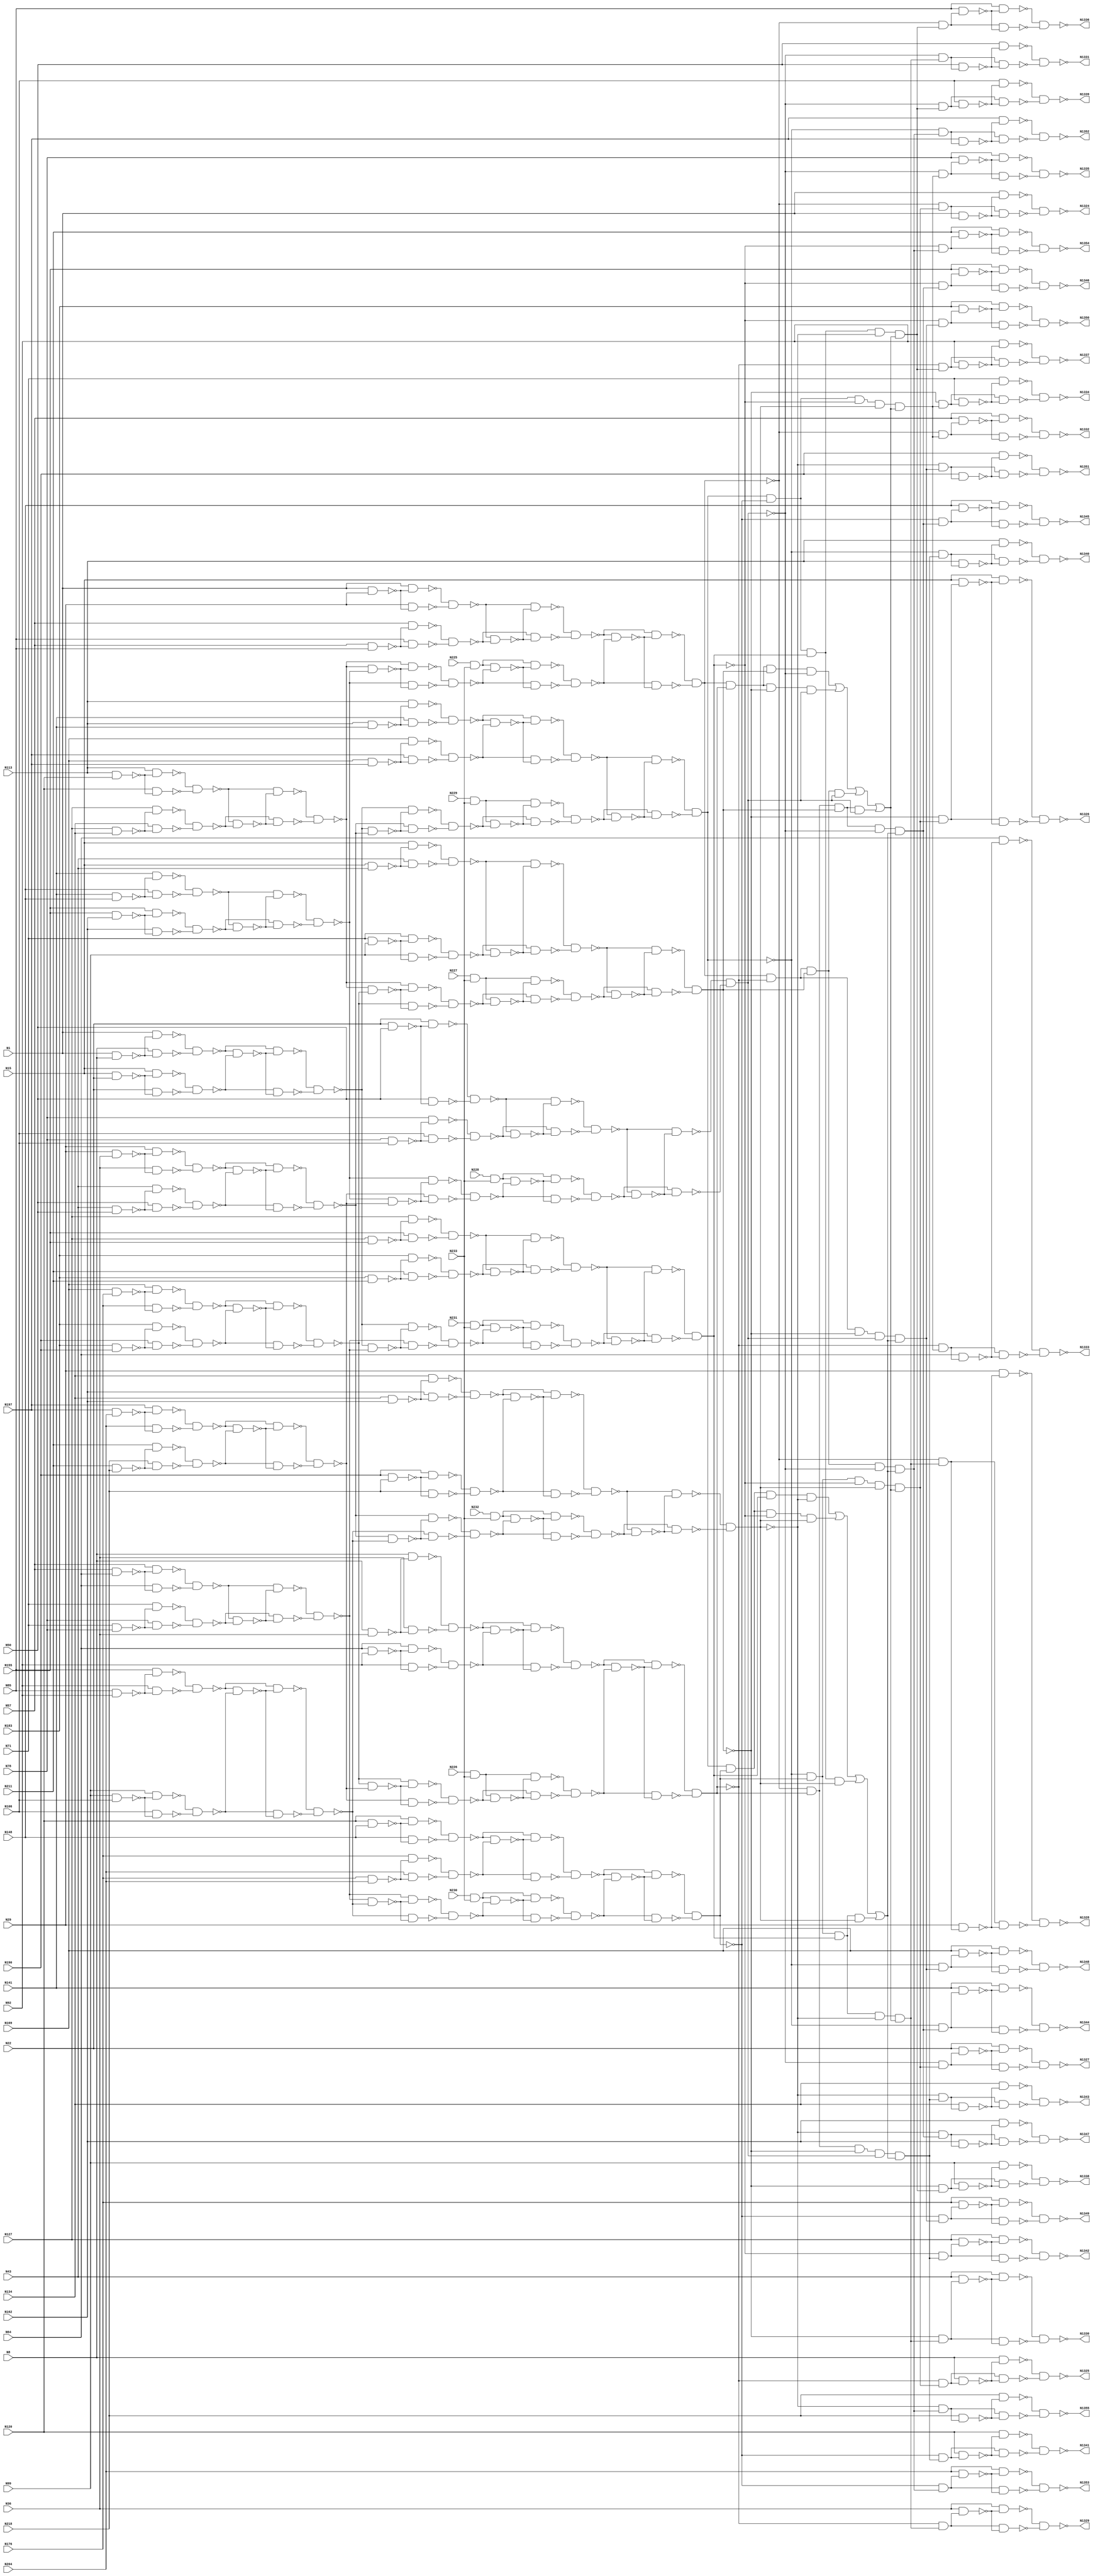
module c1355(N1,N8,N15,N22,N29,N36,N43,N50,N57,N64,N71,N78,
             N85,N92,N99,N106,N113,N120,N127,N134,N141,N148,
			 N155,N162,N169,N176,N183,N190,N197,N204,N211,N218,
			 N225,N226,N227,N228,N229,N230,N231,N232,N233,N1324,
			 N1325,N1326,N1327,N1328,N1329,N1330,N1331,N1332,N1333,
			 N1334,N1335,N1336,N1337,N1338,N1339,N1340,N1341,N1342,N1343,
			 N1344,N1345,N1346,N1347,N1348,N1349,N1350,N1351,N1352,N1353,N1354,N1355);

input N1,N8,N15,N22,N29,N36,N43,N50,N57,N64,N71,N78,N85,N92,N99,N106,N113,N120,N127,N134,
      N141,N148,N155,N162,N169,N176,N183,N190,N197,N204,N211,N218,N225,N226,N227,N228,N229,
	  N230,N231,N232,N233;

output N1324,N1325,N1326,N1327,N1328,N1329,N1330,N1331,N1332,N1333,N1334,N1335,N1336,N1337,
       N1338,N1339,N1340,N1341,N1342,N1343,N1344,N1345,N1346,N1347,N1348,N1349,N1350,N1351,
	   N1352,N1353,N1354,N1355;

wire N242,N245,N248,N251,N254,N257,N260,N263,N266,N269,N272,N275,N278,N281,N284,N287,N290,
     N293,N296,N299,N302,N305,N308,N311,N314,N317,N320,N323,N326,N329,N332,N335,N338,N341,
	 N344,N347,N350,N353,N356,N359,N362,N363,N364,N365,N366,N367,N368,N369,N370,N371,N372,
	 N373,N374,N375,N376,N377,N378,N379,N380,N381,N382,N383,N384,N385,N386,N387,N388,N389,
	 N390,N391,N392,N393,N394,N395,N396,N397,N398,N399,N400,N401,N402,N403,N404,N405,N406,
	 N407,N408,N409,N410,N411,N412,N413,N414,N415,N416,N417,N418,N419,N420,N421,N422,N423,
	 N424,N425,N426,N429,N432,N435,N438,N441,N444,N447,N450,N453,N456,N459,N462,N465,N468,
	 N471,N474,N477,N480,N483,N486,N489,N492,N495,N498,N501,N504,N507,N510,N513,N516,N519,
	 N522,N525,N528,N531,N534,N537,N540,N543,N546,N549,N552,N555,N558,N561,N564,N567,N570,
	 N571,N572,N573,N574,N575,N576,N577,N578,N579,N580,N581,N582,N583,N584,N585,N586,N587,
	 N588,N589,N590,N591,N592,N593,N594,N595,N596,N597,N598,N599,N600,N601,N602,N607,N612,
	 N617,N622,N627,N632,N637,N642,N645,N648,N651,N654,N657,N660,N663,N666,N669,N672,N675,
	 N678,N681,N684,N687,N690,N691,N692,N693,N694,N695,N696,N697,N698,N699,N700,N701,N702,
	 N703,N704,N705,N706,N709,N712,N715,N718,N721,N724,N727,N730,N733,N736,N739,N742,N745,
	 N748,N751,N754,N755,N756,N757,N758,N759,N760,N761,N762,N763,N764,N765,N766,N767,N768,
	 N769,N770,N773,N776,N779,N782,N785,N788,N791,N794,N797,N800,N803,N806,N809,N812,N815,
	 N818,N819,N820,N821,N822,N823,N824,N825,N826,N827,N828,N829,N830,N831,N832,N833,N834,
	 N847,N860,N873,N886,N899,N912,N925,N938,N939,N940,N941,N942,N943,N944,N945,N946,N947,
	 N948,N949,N950,N951,N952,N953,N954,N955,N956,N957,N958,N959,N960,N961,N962,N963,N964,
	 N965,N966,N967,N968,N969,N970,N971,N972,N973,N974,N975,N976,N977,N978,N979,N980,N981,
	 N982,N983,N984,N985,N986,N991,N996,N1001,N1006,N1011,N1016,N1021,N1026,N1031,N1036,N1039,
	 N1042,N1045,N1048,N1051,N1054,N1057,N1060,N1063,N1066,N1069,N1072,N1075,N1078,N1081,N1084,
	 N1087,N1090,N1093,N1096,N1099,N1102,N1105,N1108,N1111,N1114,N1117,N1120,N1123,N1126,N1129,
	 N1132,N1135,N1138,N1141,N1144,N1147,N1150,N1153,N1156,N1159,N1162,N1165,N1168,N1171,N1174,
	 N1177,N1180,N1183,N1186,N1189,N1192,N1195,N1198,N1201,N1204,N1207,N1210,N1213,N1216,N1219,
	 N1222,N1225,N1228,N1229,N1230,N1231,N1232,N1233,N1234,N1235,N1236,N1237,N1238,N1239,N1240,
	 N1241,N1242,N1243,N1244,N1245,N1246,N1247,N1248,N1249,N1250,N1251,N1252,N1253,N1254,N1255,
	 N1256,N1257,N1258,N1259,N1260,N1261,N1262,N1263,N1264,N1265,N1266,N1267,N1268,N1269,N1270,
	 N1271,N1272,N1273,N1274,N1275,N1276,N1277,N1278,N1279,N1280,N1281,N1282,N1283,N1284,N1285,
	 N1286,N1287,N1288,N1289,N1290,N1291,N1292,N1293,N1294,N1295,N1296,N1297,N1298,N1299,N1300,
	 N1301,N1302,N1303,N1304,N1305,N1306,N1307,N1308,N1309,N1310,N1311,N1312,N1313,N1314,N1315,
	 N1316,N1317,N1318,N1319,N1320,N1321,N1322,N1323;

and AND2_0(N242,N225,N233);
and AND2_1(N245,N226,N233);
and AND2_2(N248,N227,N233);
and AND2_3(N251,N228,N233);
and AND2_4(N254,N229,N233);
and AND2_5(N257,N230,N233);
and AND2_6(N260,N231,N233);
and AND2_7(N263,N232,N233);
nand NAND2_0(N266,N1,N8);
nand NAND2_1(N269,N15,N22);
nand NAND2_2(N272,N29,N36);
nand NAND2_3(N275,N43,N50);
nand NAND2_4(N278,N57,N64);
nand NAND2_5(N281,N71,N78);
nand NAND2_6(N284,N85,N92);
nand NAND2_7(N287,N99,N106);
nand NAND2_8(N290,N113,N120);
nand NAND2_9(N293,N127,N134);
nand NAND2_10(N296,N141,N148);
nand NAND2_11(N299,N155,N162);
nand NAND2_12(N302,N169,N176);
nand NAND2_13(N305,N183,N190);
nand NAND2_14(N308,N197,N204);
nand NAND2_15(N311,N211,N218);
nand NAND2_16(N314,N1,N29);
nand NAND2_17(N317,N57,N85);
nand NAND2_18(N320,N8,N36);
nand NAND2_19(N323,N64,N92);
nand NAND2_20(N326,N15,N43);
nand NAND2_21(N329,N71,N99);
nand NAND2_22(N332,N22,N50);
nand NAND2_23(N335,N78,N106);
nand NAND2_24(N338,N113,N141);
nand NAND2_25(N341,N169,N197);
nand NAND2_26(N344,N120,N148);
nand NAND2_27(N347,N176,N204);
nand NAND2_28(N350,N127,N155);
nand NAND2_29(N353,N183,N211);
nand NAND2_30(N356,N134,N162);
nand NAND2_31(N359,N190,N218);
nand NAND2_32(N362,N1,N266);
nand NAND2_33(N363,N8,N266);
nand NAND2_34(N364,N15,N269);
nand NAND2_35(N365,N22,N269);
nand NAND2_36(N366,N29,N272);
nand NAND2_37(N367,N36,N272);
nand NAND2_38(N368,N43,N275);
nand NAND2_39(N369,N50,N275);
nand NAND2_40(N370,N57,N278);
nand NAND2_41(N371,N64,N278);
nand NAND2_42(N372,N71,N281);
nand NAND2_43(N373,N78,N281);
nand NAND2_44(N374,N85,N284);
nand NAND2_45(N375,N92,N284);
nand NAND2_46(N376,N99,N287);
nand NAND2_47(N377,N106,N287);
nand NAND2_48(N378,N113,N290);
nand NAND2_49(N379,N120,N290);
nand NAND2_50(N380,N127,N293);
nand NAND2_51(N381,N134,N293);
nand NAND2_52(N382,N141,N296);
nand NAND2_53(N383,N148,N296);
nand NAND2_54(N384,N155,N299);
nand NAND2_55(N385,N162,N299);
nand NAND2_56(N386,N169,N302);
nand NAND2_57(N387,N176,N302);
nand NAND2_58(N388,N183,N305);
nand NAND2_59(N389,N190,N305);
nand NAND2_60(N390,N197,N308);
nand NAND2_61(N391,N204,N308);
nand NAND2_62(N392,N211,N311);
nand NAND2_63(N393,N218,N311);
nand NAND2_64(N394,N1,N314);
nand NAND2_65(N395,N29,N314);
nand NAND2_66(N396,N57,N317);
nand NAND2_67(N397,N85,N317);
nand NAND2_68(N398,N8,N320);
nand NAND2_69(N399,N36,N320);
nand NAND2_70(N400,N64,N323);
nand NAND2_71(N401,N92,N323);
nand NAND2_72(N402,N15,N326);
nand NAND2_73(N403,N43,N326);
nand NAND2_74(N404,N71,N329);
nand NAND2_75(N405,N99,N329);
nand NAND2_76(N406,N22,N332);
nand NAND2_77(N407,N50,N332);
nand NAND2_78(N408,N78,N335);
nand NAND2_79(N409,N106,N335);
nand NAND2_80(N410,N113,N338);
nand NAND2_81(N411,N141,N338);
nand NAND2_82(N412,N169,N341);
nand NAND2_83(N413,N197,N341);
nand NAND2_84(N414,N120,N344);
nand NAND2_85(N415,N148,N344);
nand NAND2_86(N416,N176,N347);
nand NAND2_87(N417,N204,N347);
nand NAND2_88(N418,N127,N350);
nand NAND2_89(N419,N155,N350);
nand NAND2_90(N420,N183,N353);
nand NAND2_91(N421,N211,N353);
nand NAND2_92(N422,N134,N356);
nand NAND2_93(N423,N162,N356);
nand NAND2_94(N424,N190,N359);
nand NAND2_95(N425,N218,N359);
nand NAND2_96(N426,N362,N363);
nand NAND2_97(N429,N364,N365);
nand NAND2_98(N432,N366,N367);
nand NAND2_99(N435,N368,N369);
nand NAND2_100(N438,N370,N371);
nand NAND2_101(N441,N372,N373);
nand NAND2_102(N444,N374,N375);
nand NAND2_103(N447,N376,N377);
nand NAND2_104(N450,N378,N379);
nand NAND2_105(N453,N380,N381);
nand NAND2_106(N456,N382,N383);
nand NAND2_107(N459,N384,N385);
nand NAND2_108(N462,N386,N387);
nand NAND2_109(N465,N388,N389);
nand NAND2_110(N468,N390,N391);
nand NAND2_111(N471,N392,N393);
nand NAND2_112(N474,N394,N395);
nand NAND2_113(N477,N396,N397);
nand NAND2_114(N480,N398,N399);
nand NAND2_115(N483,N400,N401);
nand NAND2_116(N486,N402,N403);
nand NAND2_117(N489,N404,N405);
nand NAND2_118(N492,N406,N407);
nand NAND2_119(N495,N408,N409);
nand NAND2_120(N498,N410,N411);
nand NAND2_121(N501,N412,N413);
nand NAND2_122(N504,N414,N415);
nand NAND2_123(N507,N416,N417);
nand NAND2_124(N510,N418,N419);
nand NAND2_125(N513,N420,N421);
nand NAND2_126(N516,N422,N423);
nand NAND2_127(N519,N424,N425);
nand NAND2_128(N522,N426,N429);
nand NAND2_129(N525,N432,N435);
nand NAND2_130(N528,N438,N441);
nand NAND2_131(N531,N444,N447);
nand NAND2_132(N534,N450,N453);
nand NAND2_133(N537,N456,N459);
nand NAND2_134(N540,N462,N465);
nand NAND2_135(N543,N468,N471);
nand NAND2_136(N546,N474,N477);
nand NAND2_137(N549,N480,N483);
nand NAND2_138(N552,N486,N489);
nand NAND2_139(N555,N492,N495);
nand NAND2_140(N558,N498,N501);
nand NAND2_141(N561,N504,N507);
nand NAND2_142(N564,N510,N513);
nand NAND2_143(N567,N516,N519);
nand NAND2_144(N570,N426,N522);
nand NAND2_145(N571,N429,N522);
nand NAND2_146(N572,N432,N525);
nand NAND2_147(N573,N435,N525);
nand NAND2_148(N574,N438,N528);
nand NAND2_149(N575,N441,N528);
nand NAND2_150(N576,N444,N531);
nand NAND2_151(N577,N447,N531);
nand NAND2_152(N578,N450,N534);
nand NAND2_153(N579,N453,N534);
nand NAND2_154(N580,N456,N537);
nand NAND2_155(N581,N459,N537);
nand NAND2_156(N582,N462,N540);
nand NAND2_157(N583,N465,N540);
nand NAND2_158(N584,N468,N543);
nand NAND2_159(N585,N471,N543);
nand NAND2_160(N586,N474,N546);
nand NAND2_161(N587,N477,N546);
nand NAND2_162(N588,N480,N549);
nand NAND2_163(N589,N483,N549);
nand NAND2_164(N590,N486,N552);
nand NAND2_165(N591,N489,N552);
nand NAND2_166(N592,N492,N555);
nand NAND2_167(N593,N495,N555);
nand NAND2_168(N594,N498,N558);
nand NAND2_169(N595,N501,N558);
nand NAND2_170(N596,N504,N561);
nand NAND2_171(N597,N507,N561);
nand NAND2_172(N598,N510,N564);
nand NAND2_173(N599,N513,N564);
nand NAND2_174(N600,N516,N567);
nand NAND2_175(N601,N519,N567);
nand NAND2_176(N602,N570,N571);
nand NAND2_177(N607,N572,N573);
nand NAND2_178(N612,N574,N575);
nand NAND2_179(N617,N576,N577);
nand NAND2_180(N622,N578,N579);
nand NAND2_181(N627,N580,N581);
nand NAND2_182(N632,N582,N583);
nand NAND2_183(N637,N584,N585);
nand NAND2_184(N642,N586,N587);
nand NAND2_185(N645,N588,N589);
nand NAND2_186(N648,N590,N591);
nand NAND2_187(N651,N592,N593);
nand NAND2_188(N654,N594,N595);
nand NAND2_189(N657,N596,N597);
nand NAND2_190(N660,N598,N599);
nand NAND2_191(N663,N600,N601);
nand NAND2_192(N666,N602,N607);
nand NAND2_193(N669,N612,N617);
nand NAND2_194(N672,N602,N612);
nand NAND2_195(N675,N607,N617);
nand NAND2_196(N678,N622,N627);
nand NAND2_197(N681,N632,N637);
nand NAND2_198(N684,N622,N632);
nand NAND2_199(N687,N627,N637);
nand NAND2_200(N690,N602,N666);
nand NAND2_201(N691,N607,N666);
nand NAND2_202(N692,N612,N669);
nand NAND2_203(N693,N617,N669);
nand NAND2_204(N694,N602,N672);
nand NAND2_205(N695,N612,N672);
nand NAND2_206(N696,N607,N675);
nand NAND2_207(N697,N617,N675);
nand NAND2_208(N698,N622,N678);
nand NAND2_209(N699,N627,N678);
nand NAND2_210(N700,N632,N681);
nand NAND2_211(N701,N637,N681);
nand NAND2_212(N702,N622,N684);
nand NAND2_213(N703,N632,N684);
nand NAND2_214(N704,N627,N687);
nand NAND2_215(N705,N637,N687);
nand NAND2_216(N706,N690,N691);
nand NAND2_217(N709,N692,N693);
nand NAND2_218(N712,N694,N695);
nand NAND2_219(N715,N696,N697);
nand NAND2_220(N718,N698,N699);
nand NAND2_221(N721,N700,N701);
nand NAND2_222(N724,N702,N703);
nand NAND2_223(N727,N704,N705);
nand NAND2_224(N730,N242,N718);
nand NAND2_225(N733,N245,N721);
nand NAND2_226(N736,N248,N724);
nand NAND2_227(N739,N251,N727);
nand NAND2_228(N742,N254,N706);
nand NAND2_229(N745,N257,N709);
nand NAND2_230(N748,N260,N712);
nand NAND2_231(N751,N263,N715);
nand NAND2_232(N754,N242,N730);
nand NAND2_233(N755,N718,N730);
nand NAND2_234(N756,N245,N733);
nand NAND2_235(N757,N721,N733);
nand NAND2_236(N758,N248,N736);
nand NAND2_237(N759,N724,N736);
nand NAND2_238(N760,N251,N739);
nand NAND2_239(N761,N727,N739);
nand NAND2_240(N762,N254,N742);
nand NAND2_241(N763,N706,N742);
nand NAND2_242(N764,N257,N745);
nand NAND2_243(N765,N709,N745);
nand NAND2_244(N766,N260,N748);
nand NAND2_245(N767,N712,N748);
nand NAND2_246(N768,N263,N751);
nand NAND2_247(N769,N715,N751);
nand NAND2_248(N770,N754,N755);
nand NAND2_249(N773,N756,N757);
nand NAND2_250(N776,N758,N759);
nand NAND2_251(N779,N760,N761);
nand NAND2_252(N782,N762,N763);
nand NAND2_253(N785,N764,N765);
nand NAND2_254(N788,N766,N767);
nand NAND2_255(N791,N768,N769);
nand NAND2_256(N794,N642,N770);
nand NAND2_257(N797,N645,N773);
nand NAND2_258(N800,N648,N776);
nand NAND2_259(N803,N651,N779);
nand NAND2_260(N806,N654,N782);
nand NAND2_261(N809,N657,N785);
nand NAND2_262(N812,N660,N788);
nand NAND2_263(N815,N663,N791);
nand NAND2_264(N818,N642,N794);
nand NAND2_265(N819,N770,N794);
nand NAND2_266(N820,N645,N797);
nand NAND2_267(N821,N773,N797);
nand NAND2_268(N822,N648,N800);
nand NAND2_269(N823,N776,N800);
nand NAND2_270(N824,N651,N803);
nand NAND2_271(N825,N779,N803);
nand NAND2_272(N826,N654,N806);
nand NAND2_273(N827,N782,N806);
nand NAND2_274(N828,N657,N809);
nand NAND2_275(N829,N785,N809);
nand NAND2_276(N830,N660,N812);
nand NAND2_277(N831,N788,N812);
nand NAND2_278(N832,N663,N815);
nand NAND2_279(N833,N791,N815);
nand NAND2_280(N834,N818,N819);
nand NAND2_281(N847,N820,N821);
nand NAND2_282(N860,N822,N823);
nand NAND2_283(N873,N824,N825);
nand NAND2_284(N886,N828,N829);
nand NAND2_285(N899,N832,N833);
nand NAND2_286(N912,N830,N831);
nand NAND2_287(N925,N826,N827);
not NOT1_0(N938,N834);
not NOT1_1(N939,N847);
not NOT1_2(N940,N860);
not NOT1_3(N941,N834);
not NOT1_4(N942,N847);
not NOT1_5(N943,N873);
not NOT1_6(N944,N834);
not NOT1_7(N945,N860);
not NOT1_8(N946,N873);
not NOT1_9(N947,N847);
not NOT1_10(N948,N860);
not NOT1_11(N949,N873);
not NOT1_12(N950,N886);
not NOT1_13(N951,N899);
not NOT1_14(N952,N886);
not NOT1_15(N953,N912);
not NOT1_16(N954,N925);
not NOT1_17(N955,N899);
not NOT1_18(N956,N925);
not NOT1_19(N957,N912);
not NOT1_20(N958,N925);
not NOT1_21(N959,N886);
not NOT1_22(N960,N912);
not NOT1_23(N961,N925);
not NOT1_24(N962,N886);
not NOT1_25(N963,N899);
not NOT1_26(N964,N925);
not NOT1_27(N965,N912);
not NOT1_28(N966,N899);
not NOT1_29(N967,N886);
not NOT1_30(N968,N912);
not NOT1_31(N969,N899);
not NOT1_32(N970,N847);
not NOT1_33(N971,N873);
not NOT1_34(N972,N847);
not NOT1_35(N973,N860);
not NOT1_36(N974,N834);
not NOT1_37(N975,N873);
not NOT1_38(N976,N834);
not NOT1_39(N977,N860);
and AND4_0(N978,N938,N939,N940,N873);
and AND4_1(N979,N941,N942,N860,N943);
and AND4_2(N980,N944,N847,N945,N946);
and AND4_3(N981,N834,N947,N948,N949);
and AND4_4(N982,N958,N959,N960,N899);
and AND4_5(N983,N961,N962,N912,N963);
and AND4_6(N984,N964,N886,N965,N966);
and AND4_7(N985,N925,N967,N968,N969);
or OR4_0(N986,N978,N979,N980,N981);
or OR4_1(N991,N982,N983,N984,N985);
and AND5_0(N996,N925,N950,N912,N951,N986);
and AND5_1(N1001,N925,N952,N953,N899,N986);
and AND5_2(N1006,N954,N886,N912,N955,N986);
and AND5_3(N1011,N956,N886,N957,N899,N986);
and AND5_4(N1016,N834,N970,N860,N971,N991);
and AND5_5(N1021,N834,N972,N973,N873,N991);
and AND5_6(N1026,N974,N847,N860,N975,N991);
and AND5_7(N1031,N976,N847,N977,N873,N991);
and AND2_8(N1036,N834,N996);
and AND2_9(N1039,N847,N996);
and AND2_10(N1042,N860,N996);
and AND2_11(N1045,N873,N996);
and AND2_12(N1048,N834,N1001);
and AND2_13(N1051,N847,N1001);
and AND2_14(N1054,N860,N1001);
and AND2_15(N1057,N873,N1001);
and AND2_16(N1060,N834,N1006);
and AND2_17(N1063,N847,N1006);
and AND2_18(N1066,N860,N1006);
and AND2_19(N1069,N873,N1006);
and AND2_20(N1072,N834,N1011);
and AND2_21(N1075,N847,N1011);
and AND2_22(N1078,N860,N1011);
and AND2_23(N1081,N873,N1011);
and AND2_24(N1084,N925,N1016);
and AND2_25(N1087,N886,N1016);
and AND2_26(N1090,N912,N1016);
and AND2_27(N1093,N899,N1016);
and AND2_28(N1096,N925,N1021);
and AND2_29(N1099,N886,N1021);
and AND2_30(N1102,N912,N1021);
and AND2_31(N1105,N899,N1021);
and AND2_32(N1108,N925,N1026);
and AND2_33(N1111,N886,N1026);
and AND2_34(N1114,N912,N1026);
and AND2_35(N1117,N899,N1026);
and AND2_36(N1120,N925,N1031);
and AND2_37(N1123,N886,N1031);
and AND2_38(N1126,N912,N1031);
and AND2_39(N1129,N899,N1031);
nand NAND2_288(N1132,N1,N1036);
nand NAND2_289(N1135,N8,N1039);
nand NAND2_290(N1138,N15,N1042);
nand NAND2_291(N1141,N22,N1045);
nand NAND2_292(N1144,N29,N1048);
nand NAND2_293(N1147,N36,N1051);
nand NAND2_294(N1150,N43,N1054);
nand NAND2_295(N1153,N50,N1057);
nand NAND2_296(N1156,N57,N1060);
nand NAND2_297(N1159,N64,N1063);
nand NAND2_298(N1162,N71,N1066);
nand NAND2_299(N1165,N78,N1069);
nand NAND2_300(N1168,N85,N1072);
nand NAND2_301(N1171,N92,N1075);
nand NAND2_302(N1174,N99,N1078);
nand NAND2_303(N1177,N106,N1081);
nand NAND2_304(N1180,N113,N1084);
nand NAND2_305(N1183,N120,N1087);
nand NAND2_306(N1186,N127,N1090);
nand NAND2_307(N1189,N134,N1093);
nand NAND2_308(N1192,N141,N1096);
nand NAND2_309(N1195,N148,N1099);
nand NAND2_310(N1198,N155,N1102);
nand NAND2_311(N1201,N162,N1105);
nand NAND2_312(N1204,N169,N1108);
nand NAND2_313(N1207,N176,N1111);
nand NAND2_314(N1210,N183,N1114);
nand NAND2_315(N1213,N190,N1117);
nand NAND2_316(N1216,N197,N1120);
nand NAND2_317(N1219,N204,N1123);
nand NAND2_318(N1222,N211,N1126);
nand NAND2_319(N1225,N218,N1129);
nand NAND2_320(N1228,N1,N1132);
nand NAND2_321(N1229,N1036,N1132);
nand NAND2_322(N1230,N8,N1135);
nand NAND2_323(N1231,N1039,N1135);
nand NAND2_324(N1232,N15,N1138);
nand NAND2_325(N1233,N1042,N1138);
nand NAND2_326(N1234,N22,N1141);
nand NAND2_327(N1235,N1045,N1141);
nand NAND2_328(N1236,N29,N1144);
nand NAND2_329(N1237,N1048,N1144);
nand NAND2_330(N1238,N36,N1147);
nand NAND2_331(N1239,N1051,N1147);
nand NAND2_332(N1240,N43,N1150);
nand NAND2_333(N1241,N1054,N1150);
nand NAND2_334(N1242,N50,N1153);
nand NAND2_335(N1243,N1057,N1153);
nand NAND2_336(N1244,N57,N1156);
nand NAND2_337(N1245,N1060,N1156);
nand NAND2_338(N1246,N64,N1159);
nand NAND2_339(N1247,N1063,N1159);
nand NAND2_340(N1248,N71,N1162);
nand NAND2_341(N1249,N1066,N1162);
nand NAND2_342(N1250,N78,N1165);
nand NAND2_343(N1251,N1069,N1165);
nand NAND2_344(N1252,N85,N1168);
nand NAND2_345(N1253,N1072,N1168);
nand NAND2_346(N1254,N92,N1171);
nand NAND2_347(N1255,N1075,N1171);
nand NAND2_348(N1256,N99,N1174);
nand NAND2_349(N1257,N1078,N1174);
nand NAND2_350(N1258,N106,N1177);
nand NAND2_351(N1259,N1081,N1177);
nand NAND2_352(N1260,N113,N1180);
nand NAND2_353(N1261,N1084,N1180);
nand NAND2_354(N1262,N120,N1183);
nand NAND2_355(N1263,N1087,N1183);
nand NAND2_356(N1264,N127,N1186);
nand NAND2_357(N1265,N1090,N1186);
nand NAND2_358(N1266,N134,N1189);
nand NAND2_359(N1267,N1093,N1189);
nand NAND2_360(N1268,N141,N1192);
nand NAND2_361(N1269,N1096,N1192);
nand NAND2_362(N1270,N148,N1195);
nand NAND2_363(N1271,N1099,N1195);
nand NAND2_364(N1272,N155,N1198);
nand NAND2_365(N1273,N1102,N1198);
nand NAND2_366(N1274,N162,N1201);
nand NAND2_367(N1275,N1105,N1201);
nand NAND2_368(N1276,N169,N1204);
nand NAND2_369(N1277,N1108,N1204);
nand NAND2_370(N1278,N176,N1207);
nand NAND2_371(N1279,N1111,N1207);
nand NAND2_372(N1280,N183,N1210);
nand NAND2_373(N1281,N1114,N1210);
nand NAND2_374(N1282,N190,N1213);
nand NAND2_375(N1283,N1117,N1213);
nand NAND2_376(N1284,N197,N1216);
nand NAND2_377(N1285,N1120,N1216);
nand NAND2_378(N1286,N204,N1219);
nand NAND2_379(N1287,N1123,N1219);
nand NAND2_380(N1288,N211,N1222);
nand NAND2_381(N1289,N1126,N1222);
nand NAND2_382(N1290,N218,N1225);
nand NAND2_383(N1291,N1129,N1225);
nand NAND2_384(N1292,N1228,N1229);
nand NAND2_385(N1293,N1230,N1231);
nand NAND2_386(N1294,N1232,N1233);
nand NAND2_387(N1295,N1234,N1235);
nand NAND2_388(N1296,N1236,N1237);
nand NAND2_389(N1297,N1238,N1239);
nand NAND2_390(N1298,N1240,N1241);
nand NAND2_391(N1299,N1242,N1243);
nand NAND2_392(N1300,N1244,N1245);
nand NAND2_393(N1301,N1246,N1247);
nand NAND2_394(N1302,N1248,N1249);
nand NAND2_395(N1303,N1250,N1251);
nand NAND2_396(N1304,N1252,N1253);
nand NAND2_397(N1305,N1254,N1255);
nand NAND2_398(N1306,N1256,N1257);
nand NAND2_399(N1307,N1258,N1259);
nand NAND2_400(N1308,N1260,N1261);
nand NAND2_401(N1309,N1262,N1263);
nand NAND2_402(N1310,N1264,N1265);
nand NAND2_403(N1311,N1266,N1267);
nand NAND2_404(N1312,N1268,N1269);
nand NAND2_405(N1313,N1270,N1271);
nand NAND2_406(N1314,N1272,N1273);
nand NAND2_407(N1315,N1274,N1275);
nand NAND2_408(N1316,N1276,N1277);
nand NAND2_409(N1317,N1278,N1279);
nand NAND2_410(N1318,N1280,N1281);
nand NAND2_411(N1319,N1282,N1283);
nand NAND2_412(N1320,N1284,N1285);
nand NAND2_413(N1321,N1286,N1287);
nand NAND2_414(N1322,N1288,N1289);
nand NAND2_415(N1323,N1290,N1291);
buf BUFF1_0(N1324,N1292);
buf BUFF1_1(N1325,N1293);
buf BUFF1_2(N1326,N1294);
buf BUFF1_3(N1327,N1295);
buf BUFF1_4(N1328,N1296);
buf BUFF1_5(N1329,N1297);
buf BUFF1_6(N1330,N1298);
buf BUFF1_7(N1331,N1299);
buf BUFF1_8(N1332,N1300);
buf BUFF1_9(N1333,N1301);
buf BUFF1_10(N1334,N1302);
buf BUFF1_11(N1335,N1303);
buf BUFF1_12(N1336,N1304);
buf BUFF1_13(N1337,N1305);
buf BUFF1_14(N1338,N1306);
buf BUFF1_15(N1339,N1307);
buf BUFF1_16(N1340,N1308);
buf BUFF1_17(N1341,N1309);
buf BUFF1_18(N1342,N1310);
buf BUFF1_19(N1343,N1311);
buf BUFF1_20(N1344,N1312);
buf BUFF1_21(N1345,N1313);
buf BUFF1_22(N1346,N1314);
buf BUFF1_23(N1347,N1315);
buf BUFF1_24(N1348,N1316);
buf BUFF1_25(N1349,N1317);
buf BUFF1_26(N1350,N1318);
buf BUFF1_27(N1351,N1319);
buf BUFF1_28(N1352,N1320);
buf BUFF1_29(N1353,N1321);
buf BUFF1_30(N1354,N1322);
buf BUFF1_31(N1355,N1323);

endmodule